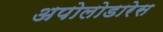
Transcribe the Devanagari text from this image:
अपोलोडारेस